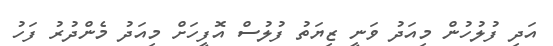
އަދި ފުލުހުން މިއަދު ވަނީ ޒިޔަތު ފުލުސް އޮފީހަށް މިއަދު މެންދުރު ފަހު